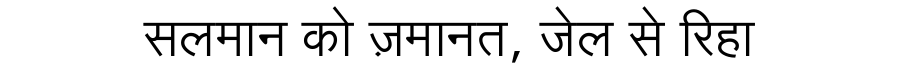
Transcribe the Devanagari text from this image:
सलमान को ज़मानत, जेल से रिहा